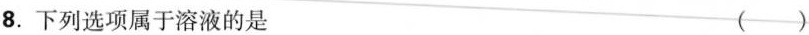
8.下列选项属于溶液的是（）